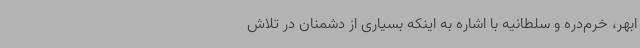
ابهر، خرم‌دره و سلطانیه با اشاره به اینکه بسیاری از دشمنان در تلاش